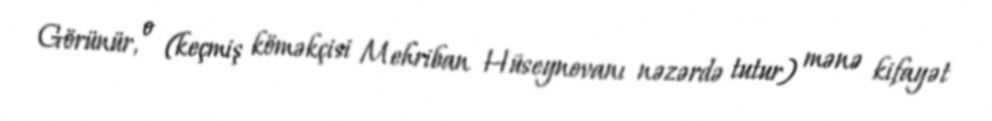
Görünür, o (keçmiş köməkçisi Mehriban Hüseynovanı nəzərdə tutur) mənə kifayət